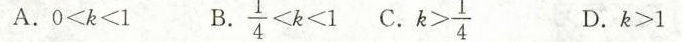
A.0<k<1 B.\frac{1}{4}<k<1 C.k>\frac{1}{4} D.k>1